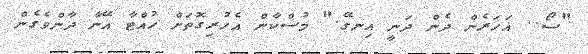
"ސޯ.. އަހަރެން ދެން ދަނީ އިނގޭ." މުސްކާން އެހުރިގޮތަށް ހުއްޓާ އޭނާ ދާންވެގެން